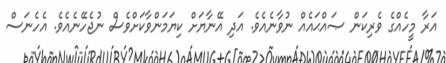
އަރާ މީހެއްގެ ވެރިކަން ޞައްޙައެއް ނުވާނެއެވެ. އަދި އޭނާޔަށް ކިޔަމަންވާކަށްވެސް ނުޖެހޭނެއެވެ. އެހެނަސް